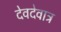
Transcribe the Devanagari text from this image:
देवदेवात्र